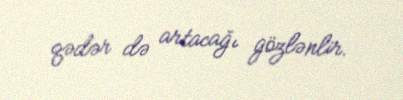
qədər də artacağı gözlənlir.